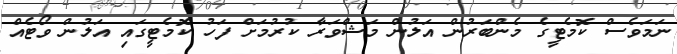
ނަމަވެސް ކޮމެޓީގެ މެންބަރުން އަލުން މަޝްވަރާ ކުރުމަށް ފަހު ކޮމެޓީގައި އަލުން ވޯޓެއް